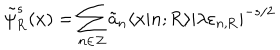
\tilde { \psi } _ { \mathrm { R } } ^ { s } ( x ) = \sum _ { n \in \cal Z } \tilde { a } _ { n } \langle x | n ; \mathrm { R } \rangle | \lambda \varepsilon _ { n , \mathrm { R } } | ^ { - s / 2 }